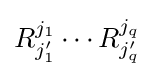
R_{j'_{1}}^{j_{1}}\cdots R_{j'_{q}}^{j_{q}}